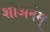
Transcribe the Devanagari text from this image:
शोअनेम्